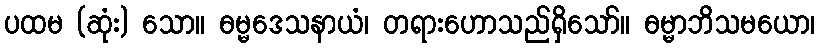
ပထမ (ဆုံး) သော။ ဓမ္မဒေသနာယံ၊ တရားဟောသည်ရှိသော်။ ဓမ္မာဘိသမယော၊